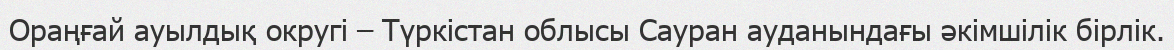
Ораңғай ауылдық округі – Түркістан облысы Сауран ауданындағы әкімшілік бірлік.